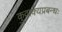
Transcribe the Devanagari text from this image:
कुवाक्यप्रबन्धः